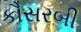
કૌસરબી